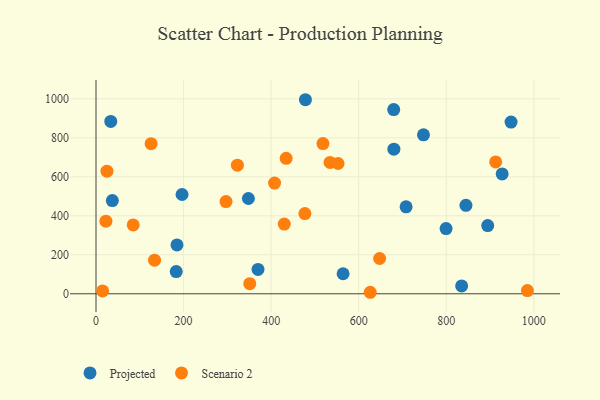
{"axis": {"x": "Speed", "y": "Profit"}, "legend": ["Projected", "Scenario 2"], "data": [{"x": "835.1", "y": 40.5, "type": "Projected"}, {"x": "747.9", "y": 815.5, "type": "Projected"}, {"x": "927.6", "y": 615.0, "type": "Projected"}, {"x": "894.6", "y": 349.9, "type": "Projected"}, {"x": "799.5", "y": 334.5, "type": "Projected"}, {"x": "33.7", "y": 884.4, "type": "Projected"}, {"x": "184.9", "y": 250.5, "type": "Projected"}, {"x": "478.3", "y": 995.5, "type": "Projected"}, {"x": "370.0", "y": 124.9, "type": "Projected"}, {"x": "947.9", "y": 880.6, "type": "Projected"}, {"x": "564.3", "y": 102.7, "type": "Projected"}, {"x": "708.2", "y": 446.2, "type": "Projected"}, {"x": "37.3", "y": 477.9, "type": "Projected"}, {"x": "844.9", "y": 453.8, "type": "Projected"}, {"x": "196.5", "y": 509.4, "type": "Projected"}, {"x": "348.0", "y": 488.9, "type": "Projected"}, {"x": "680.3", "y": 741.8, "type": "Projected"}, {"x": "183.2", "y": 113.7, "type": "Projected"}, {"x": "679.9", "y": 944.9, "type": "Projected"}, {"x": "296.9", "y": 473.0, "type": "Scenario 2"}, {"x": "647.7", "y": 180.9, "type": "Scenario 2"}, {"x": "25.0", "y": 628.7, "type": "Scenario 2"}, {"x": "434.3", "y": 694.8, "type": "Scenario 2"}, {"x": "626.3", "y": 7.7, "type": "Scenario 2"}, {"x": "477.1", "y": 411.3, "type": "Scenario 2"}, {"x": "552.8", "y": 668.4, "type": "Scenario 2"}, {"x": "22.6", "y": 372.2, "type": "Scenario 2"}, {"x": "429.9", "y": 357.6, "type": "Scenario 2"}, {"x": "133.7", "y": 172.4, "type": "Scenario 2"}, {"x": "407.8", "y": 568.0, "type": "Scenario 2"}, {"x": "534.5", "y": 673.9, "type": "Scenario 2"}, {"x": "985.2", "y": 16.4, "type": "Scenario 2"}, {"x": "84.9", "y": 353.1, "type": "Scenario 2"}, {"x": "518.3", "y": 770.7, "type": "Scenario 2"}, {"x": "322.9", "y": 659.6, "type": "Scenario 2"}, {"x": "912.8", "y": 676.6, "type": "Scenario 2"}, {"x": "351.2", "y": 51.6, "type": "Scenario 2"}, {"x": "125.8", "y": 769.8, "type": "Scenario 2"}, {"x": "15.1", "y": 14.8, "type": "Scenario 2"}]}